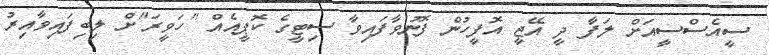
ސީއެސްސީއަށް ލަފާ ދީ އޭޖީ އޮފީހުން ފޮނުވާފައިވާ ސިޓީގެ ކޮޕީއެއް "ހަވީރަ"ށް ލިބިފައިވާއިރު